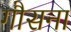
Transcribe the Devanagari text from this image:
गौसना